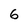
Character: 6